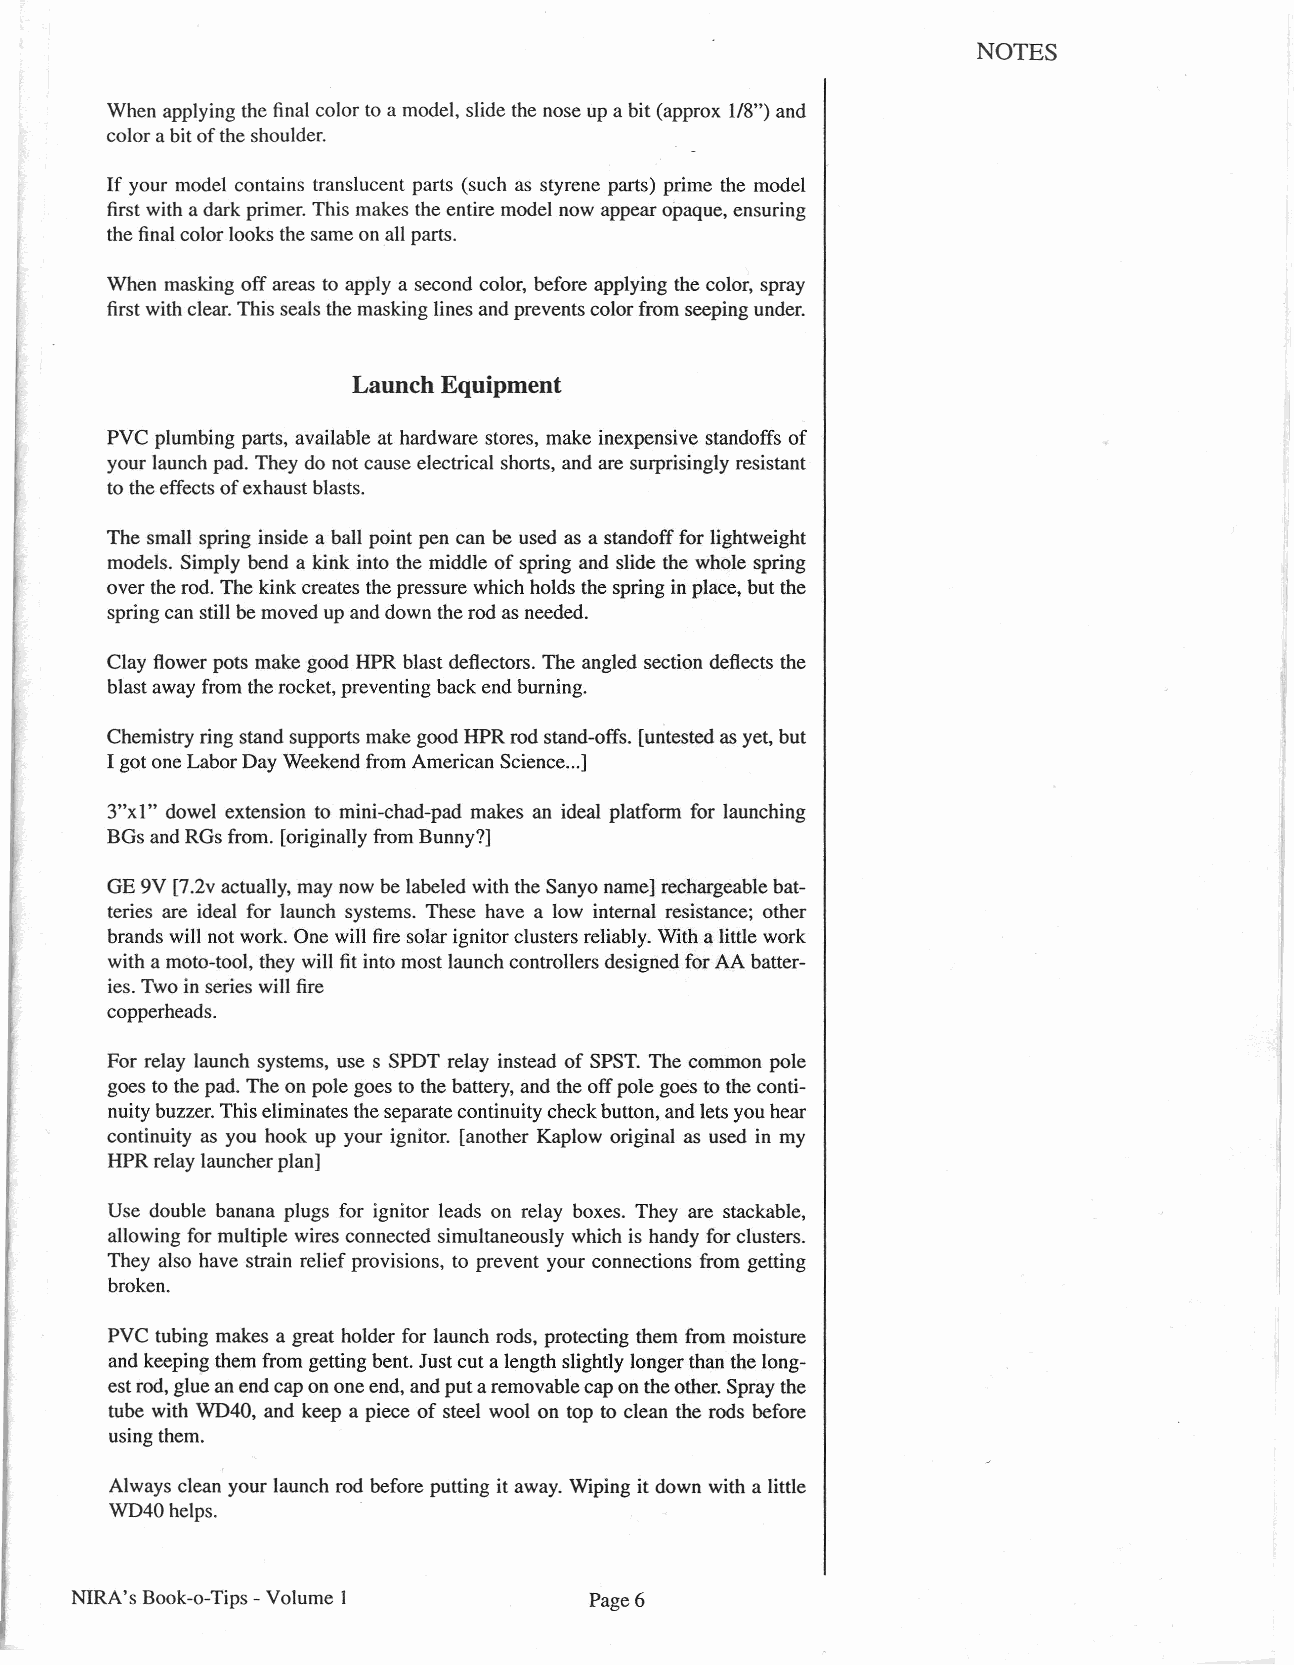
NOTES
 When applying the final color to a model, slide the nose up a bit (approx 1/8") and
 color abit of the shoulder.
 If your model contains translucent parts (such as styrene parts) prime the model
 first with a dark primer. This makes the entire model now appear opaque, ensuring
 the final color looks the same on all parts.
 When masking off areas to apply a second color, before applying the color, spray
 first with clear. This seals the masking lines and prevents color from seeping under.
 Launch Equipment
 PVC plumbing parts, available at hardware stores, make inexpensive standoffs of
 your launch pad. They do not cause electrical shorts, and are surprisingly resistant
 to the effects of exhaust blasts.
 The small spring inside a ball point pen can be used as a standoff for lightweight
 models. Simply bend a kink into the middle of spring and slide the whole spring
 over the rod. The kink creates the pressure which holds the spring in place, but the
 spring can still be moved up and down the rod as needed.
 Clay flower pots make good HPR blast deflectors. The angled section deflects the
 blast away from the rocket, preventing back end burning.
 Chemistry ring stand supports make good HPR rod stand-offs. [untested as yet, but
 I got one Labor Day Weekend from American Science ...]
 3"xl" dowel extension to mini-chad-pad makes an ideal platform for launching
 BGs and RGs from. [originally from Bunny?]
 GE 9V [7.2v actually, may now be labeled with the Sanyo name] rechargeable bat-
 teries are ideal for launch systems. These have a low internal resistance; other
 brands will not work. One will fire solar ignitor clusters reliably. With a little work
 with a moto-tool, they will fit into most launch controllers designed for AA batter-
 ies. Two in series will fire
 copperheads.
 For relay launch systems, use s SPDT relay instead of SPST. The common pole
 goes to the pad. The on pole goes to the battery, and the off pole goes to the conti-
 nuity buzzer. This eliminates the separate continuity check button, and lets you hear
 continuity as you hook up your ignitor. [another Kaplow original as used in my
 HPR relay launcher plan]
 Use double banana plugs for ignitor leads on relay boxes. They are stackable,
 allowing for multiple wires connected simultaneously which is handy for clusters.
 They also have strain relief provisions, to prevent your connections from getting
 broken.
 PVC tubing makes a great holder for launch rods, protecting them from moisture
 and keeping them from getting bent. Just cut a length slightly longer than the long-
 est rod, glue an end cap on one end, and put aremovable cap on the other. Spray the
 tube with WD40, and keep a piece of steel wool on top to clean the rods before
 using them.
 Always clean your launch rod before putting it away. Wiping it down with a little
 WD40helps.
 NIRA's Book-o-Tips - Volume 1     Page 6